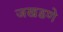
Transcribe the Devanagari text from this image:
जखडणे